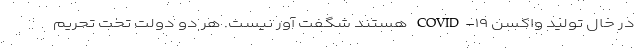
در حال تولید واکسن COVID-۱۹ هستند شگفت آور نیست. هر دو دولت تحت تحریم